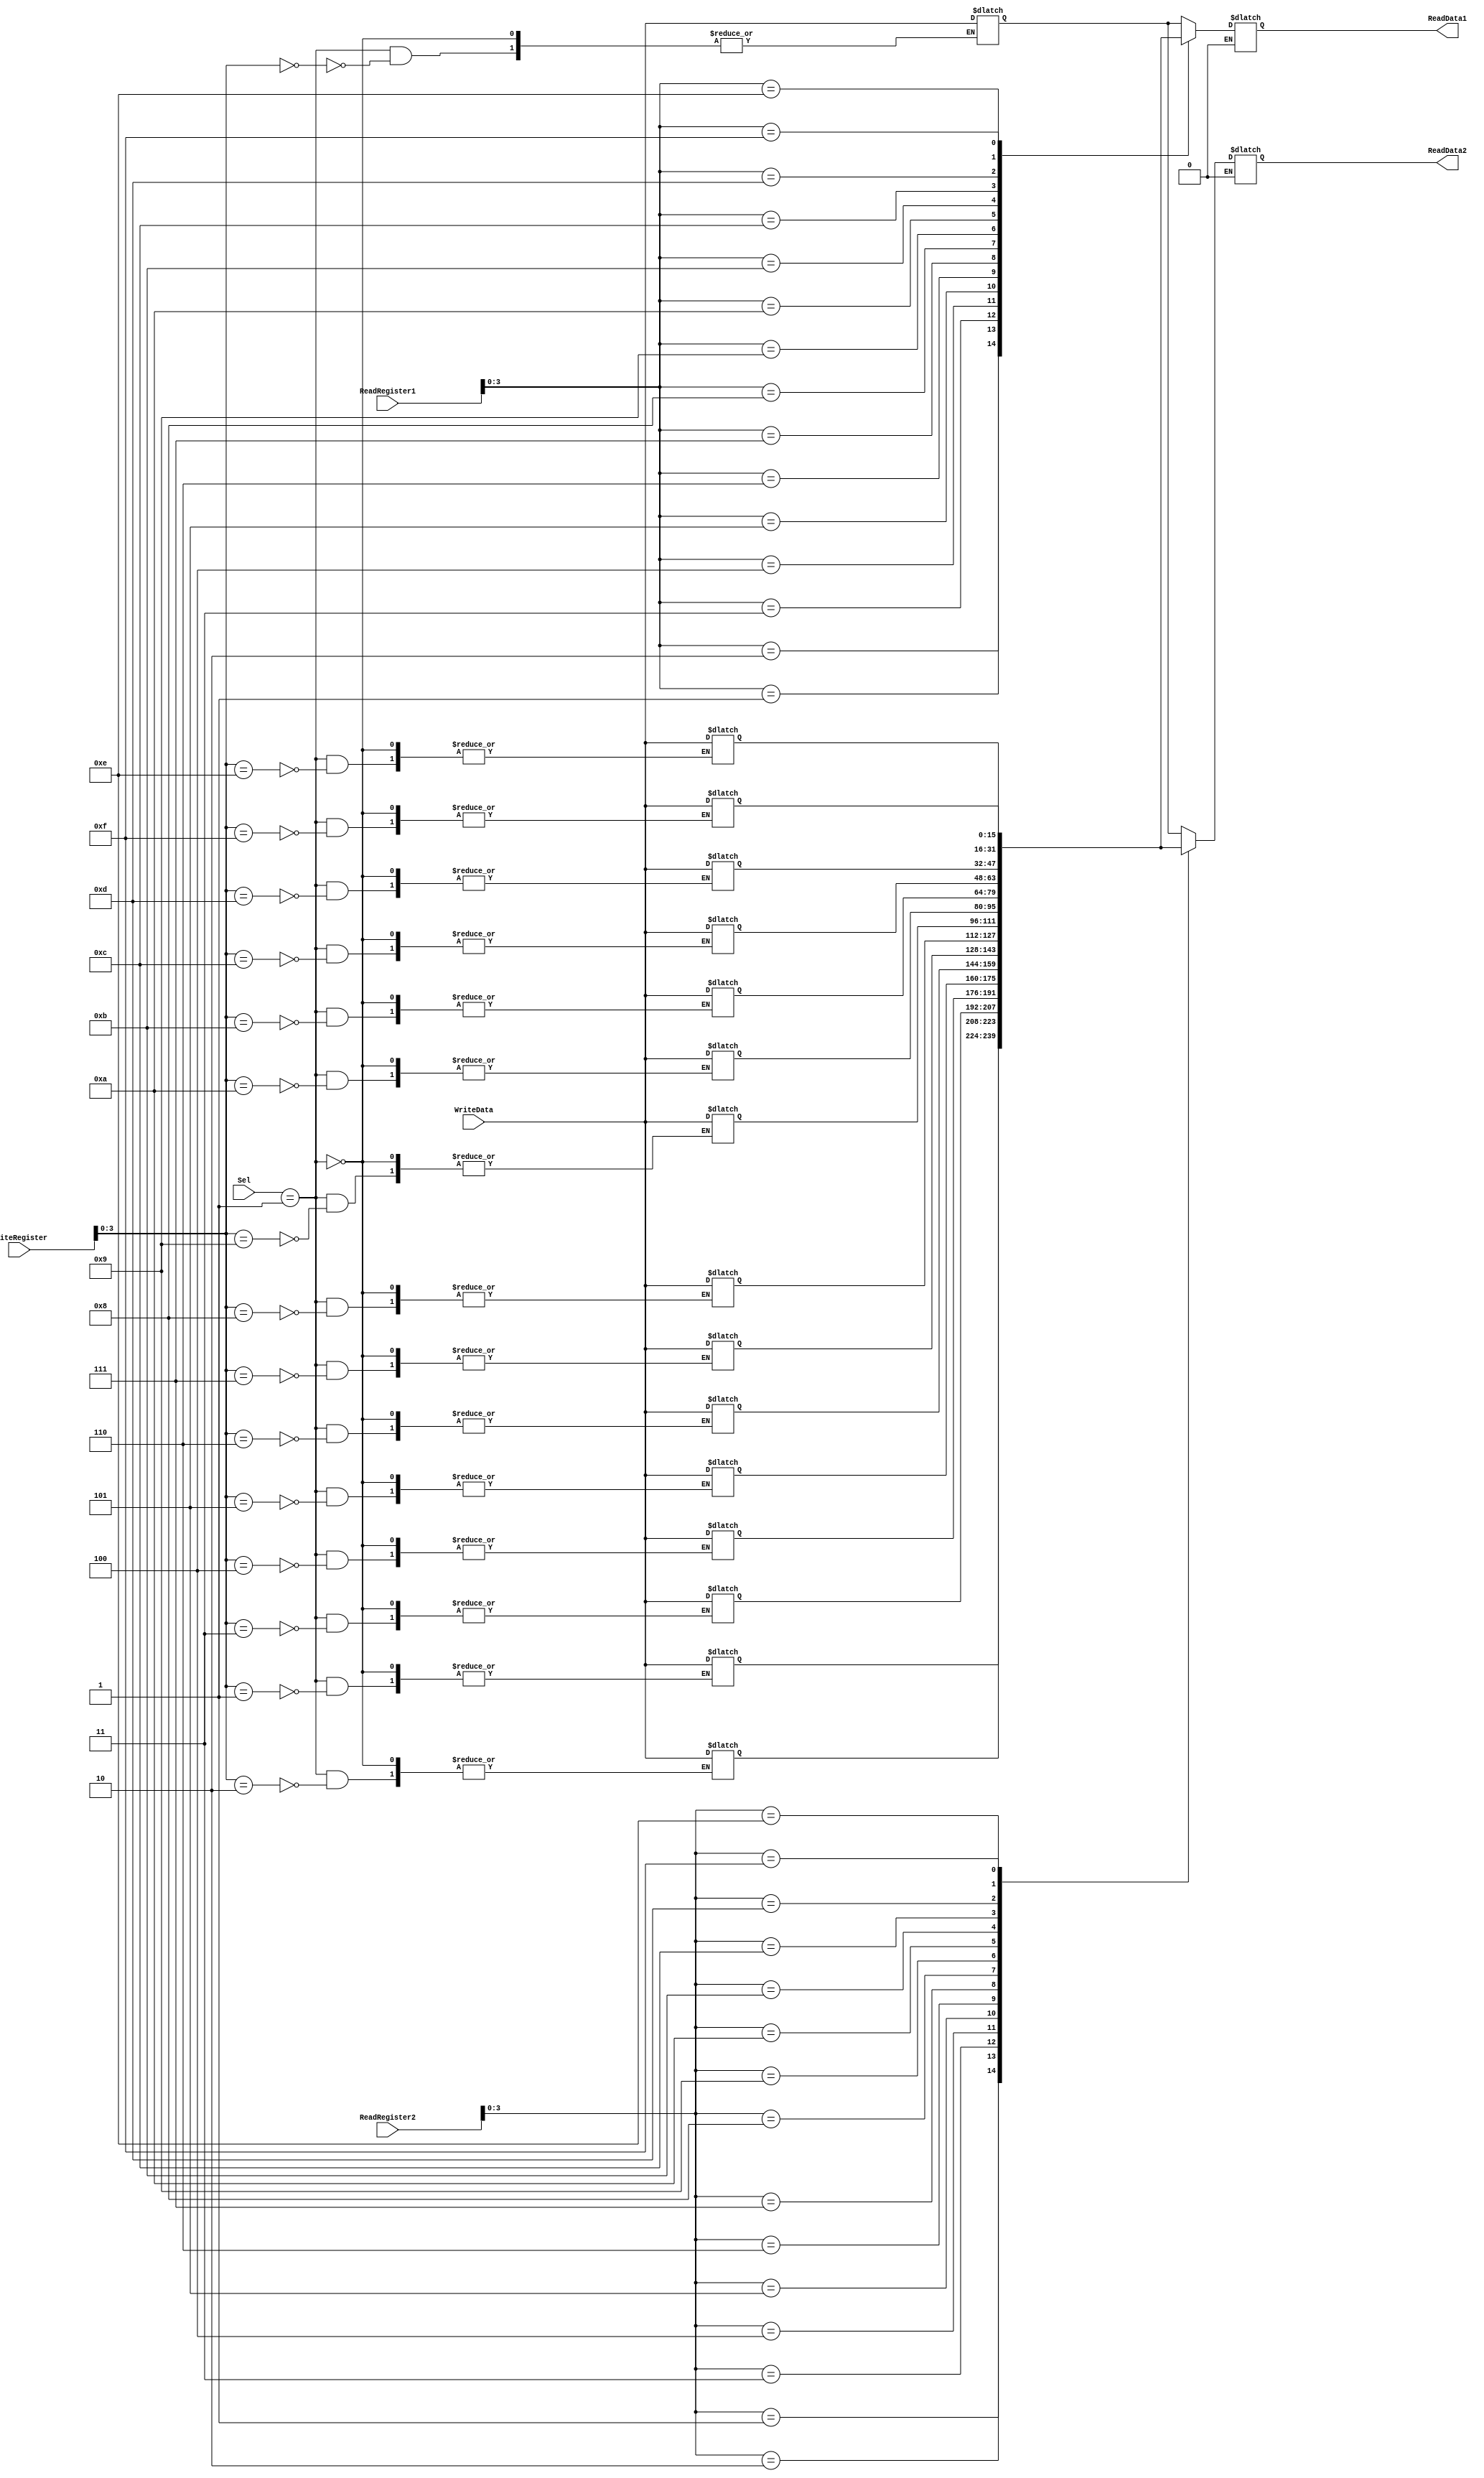
module RegisterFile(ReadRegister1, ReadRegister2, WriteRegister, WriteData,Sel, ReadData1, ReadData2);

	input [4:0] ReadRegister1,ReadRegister2,WriteRegister;
	input [15:0] WriteData;
	input [2:0]Sel;	
	output reg [15:0] ReadData1,ReadData2;
	reg [15:0] Registers [0:15];
	
	initial begin
		Registers[0] <= 16'h0000;
		Registers[1] <= 16'h0000;
		Registers[2] <= 16'h0000;
		Registers[3] <= 16'h0000;
		Registers[4] <= 16'h0000;
		Registers[5] <= 16'h0000;
		Registers[6] <= 16'h0000;
		Registers[7] <= 16'h0000;
		Registers[8] <= 16'h0000;
		Registers[9] <= 16'h0000;
		Registers[10] <= 16'h0000;
		Registers[11] <= 16'h0000;
		Registers[12] <= 16'h0000;
		Registers[13] <= 16'h0000;
		Registers[14] <= 16'h0000;
		Registers[15] <= 16'h0000;
		
end
	
	
	always @( * )
	begin
		
		if (Sel==001) 
		begin
			Registers[WriteRegister] <= WriteData;
		end
		else if(Sel==010)
		begin
			ReadData1 <= Registers[ReadRegister1];
		end
		else if(Sel==011)
		begin
			ReadData1 <= Registers[ReadRegister1];
			ReadData2 <= Registers[ReadRegister2];
		end
		else if(Sel==100)
		begin
			Registers[WriteRegister] <= WriteData;
			ReadData1 <= Registers[ReadRegister1];
			ReadData2 <= Registers[ReadRegister2];
		end
	end
endmodule